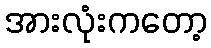
အားလုံးကတော့